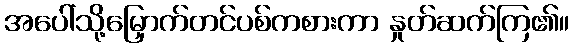
အပေါ်သို့မြှောက်တင်ပစ်ကစားကာ နှုတ်ဆက်ကြ၏။